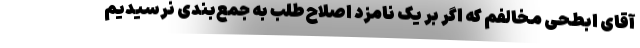
آقای ابطحی مخالفم که اگر بر یک نامزد اصلاح‌طلب به جمع‌بندی نرسیدیم